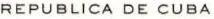
REPUBLICA DE CUBA